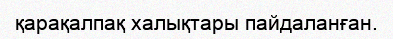
қарақалпақ халықтары пайдаланған.